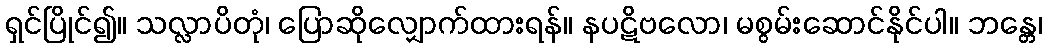
ရှင်ပြိုင်၍။ သလ္လာပိတုံ၊ ပြောဆိုလျှောက်ထားရန်။ နပဋိဗလော၊ မစွမ်းဆောင်နိုင်ပါ။ ဘန္တေ၊